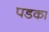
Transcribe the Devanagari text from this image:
पडका